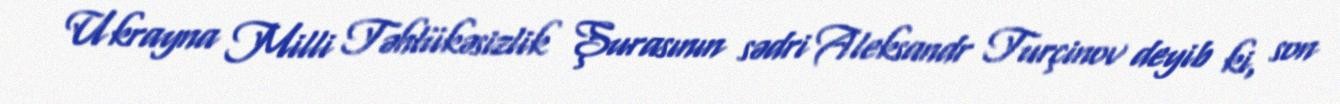
Ukrayna Milli Təhlükəsizlik Şurasının sədri Aleksandr Turçinov deyib ki, son